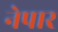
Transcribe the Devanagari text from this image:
नेपार